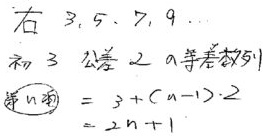
右：\(3,5,7,9,\cdots\)，首项为\(3\)，公差为\(2\)的等差数列，第\(n\)项\(=3+(n - 1)\cdot2 = 2n + 1\)